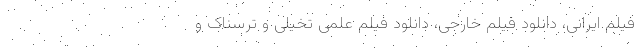
فیلم ایرانی، دانلود فیلم خارجی، دانلود فیلم علمی تخیلی و ترسناک و